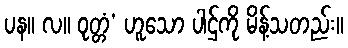
ပန။ လ။ ဝုတ္တံ’ ဟူသော ပါဌ်ကို မိန့်သတည်း။